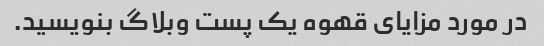
در مورد مزایای قهوه یک پست وبلاگ بنویسید.